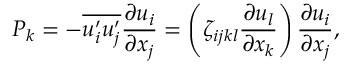
P _ { k } = - \overline { { u _ { i } ^ { \prime } u _ { j } ^ { \prime } } } \frac { \partial u _ { i } } { \partial x _ { j } } = \left( \zeta _ { i j k l } \frac { \partial u _ { l } } { \partial x _ { k } } \right) \frac { \partial u _ { i } } { \partial x _ { j } } ,